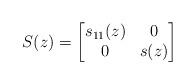
LaTeX: \begin{align*}S(z)=\begin{bmatrix}s_{11}(z) & 0 \\0 & s(z)\end{bmatrix}\end{align*}